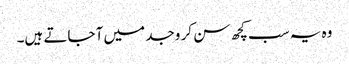
وہ یہ سب کچھ سن کر وجد میں آ جاتے ہیں۔